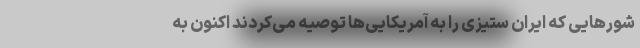
شور‌هایی که ایران ستیزی را به آمریکایی‌ها توصیه می‌کردند اکنون به